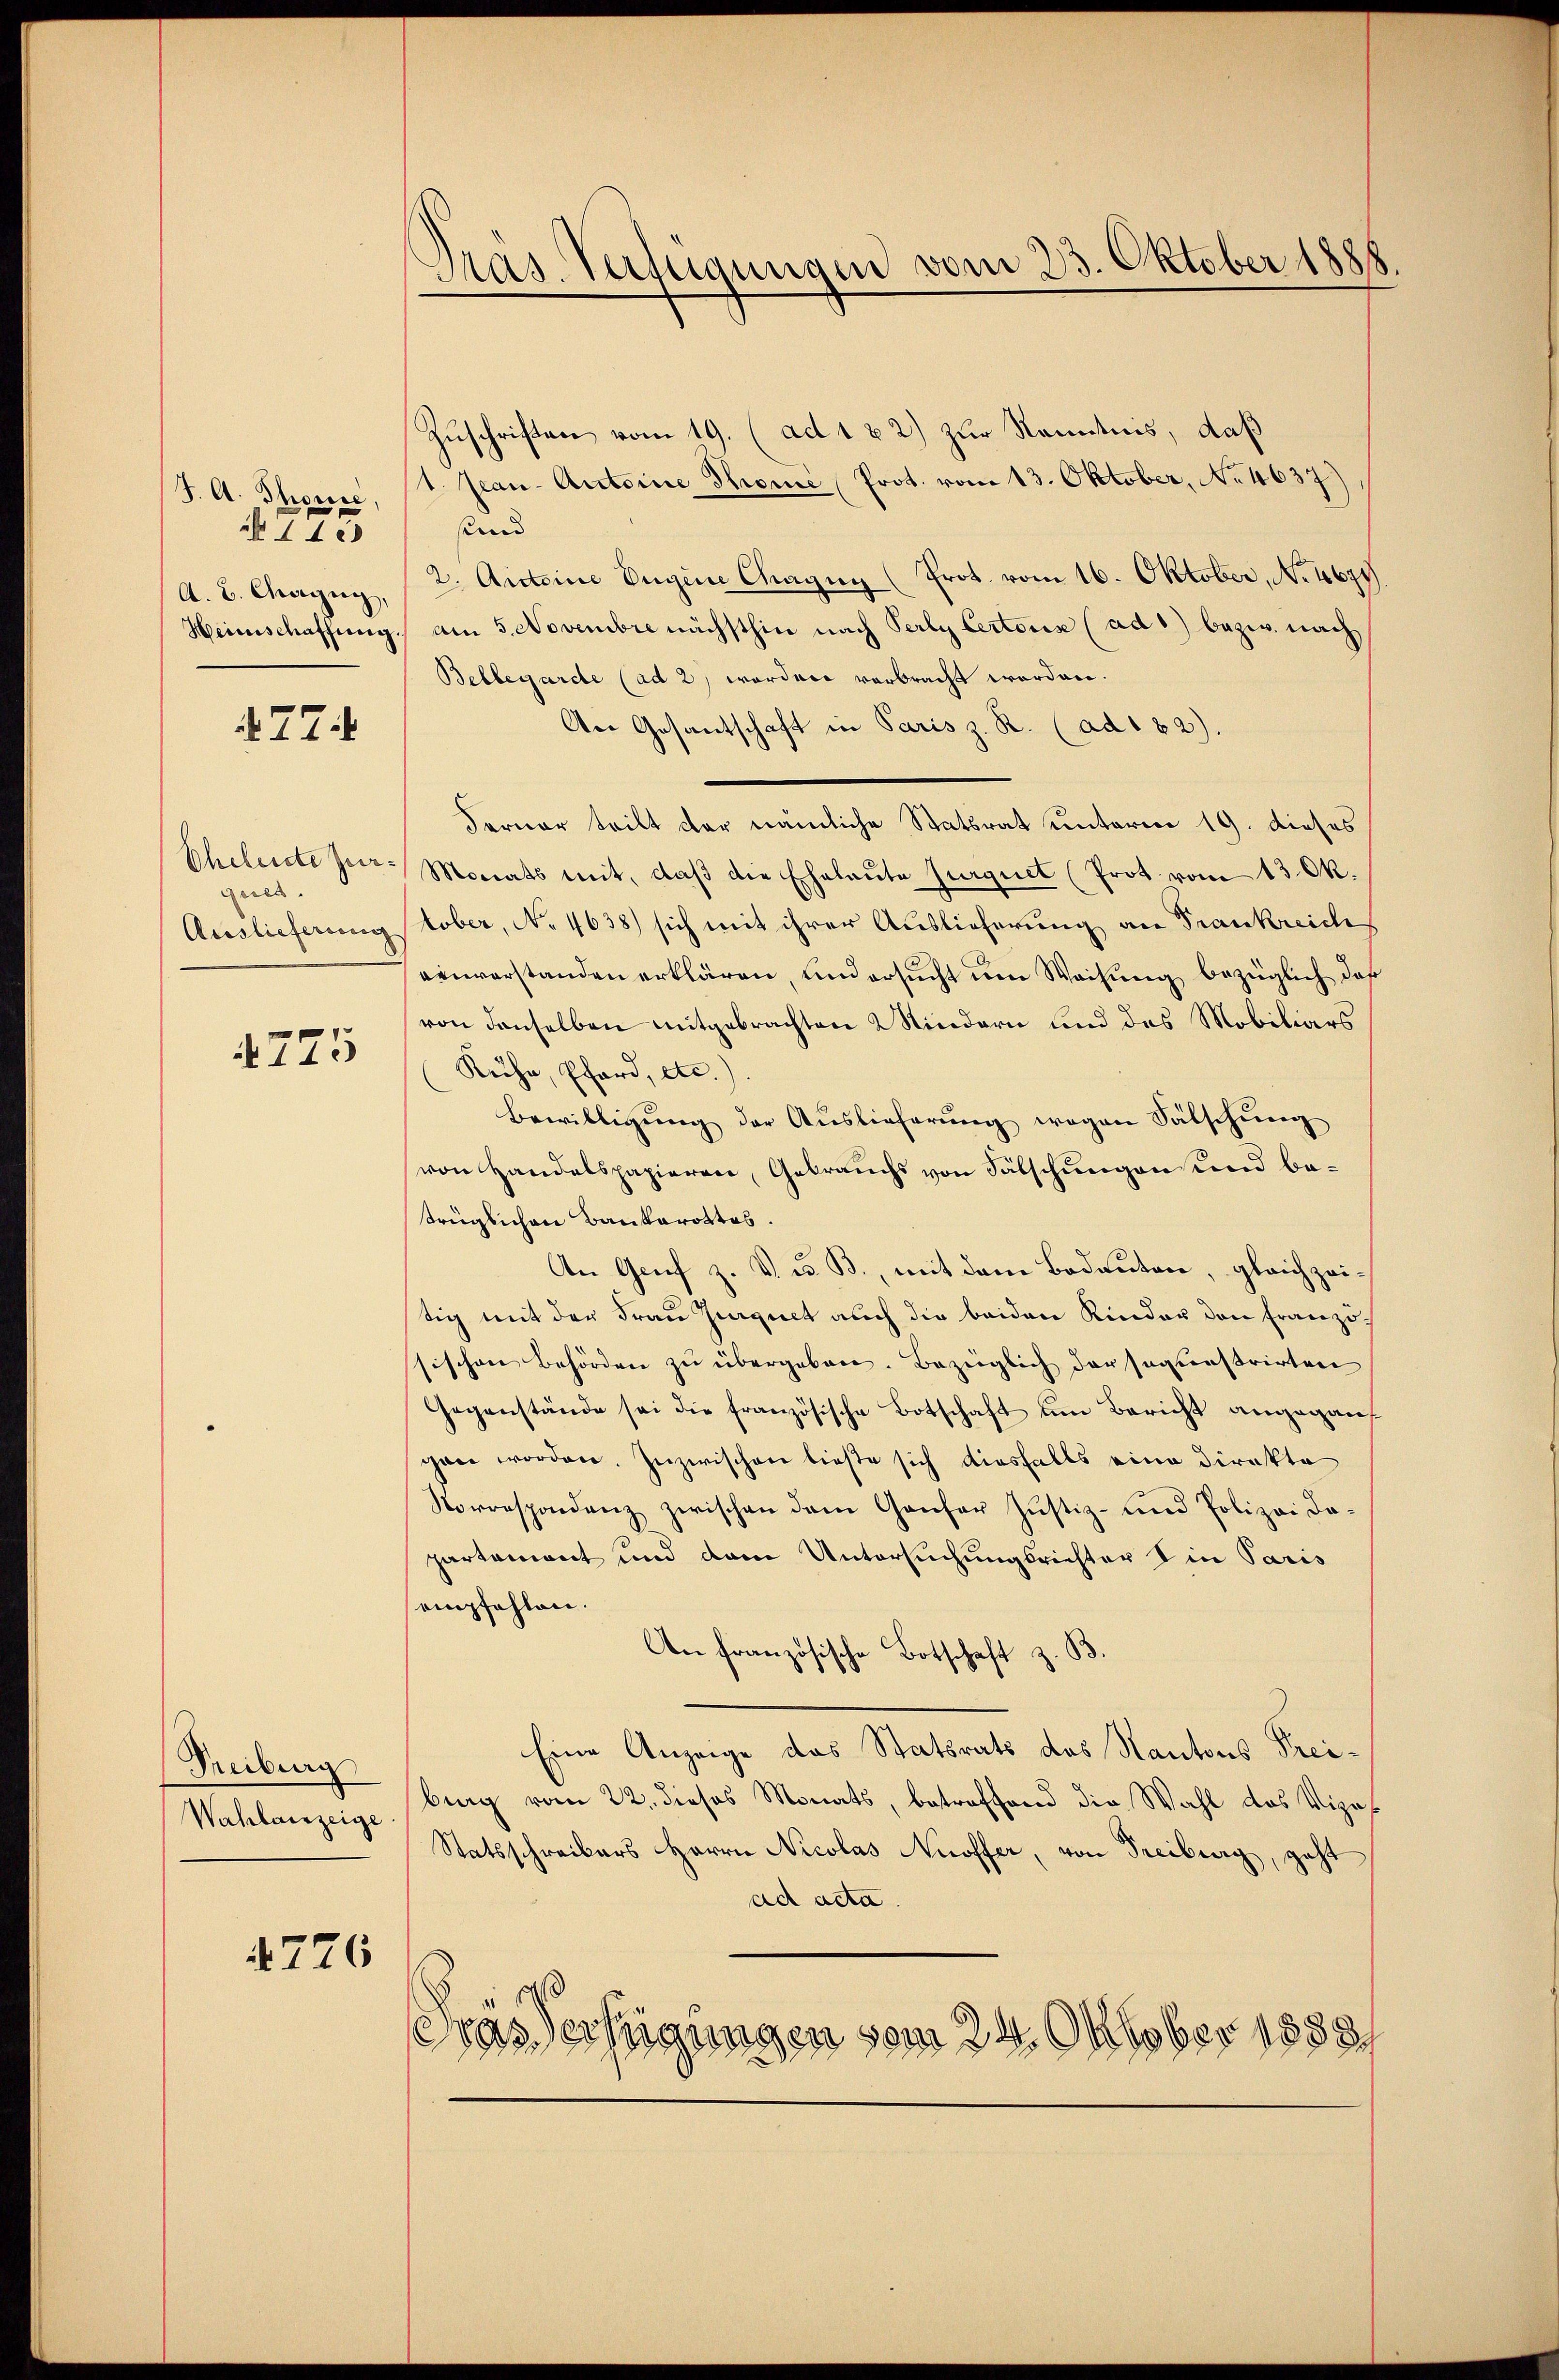
4. A. Thouse,
§ 773
A. B. Cherzug,
Heinschaffung.

774

Eheleiste Zergeses.
Auslieferung

775

Freiburg
Wahlanzeige

726

Präs. Verfügungen vom 23. Oktober 1888

Zuschriften vom 19. (ad 1 & 2) zur Kenntnis, daß
1. Jean - Antoine Thore Prot. vom 13. Oktober, No 4637)
pund
2. Antoine Vigine Chagny (Prot. vom 16. Oktober, No 4674.
am 5. Novembre nächsthin nach Perly Certonis (ad b) bezw. nach
Bellegarde (ad 2, wordere verbracht werden.
An Gesantschaft in Paris z. R. (ad 182).
Ferner teilt der nämliche Statsrat unterm 19. dieses
Monats mit, daß die Eheleute Jurquet (Prot vom 13. Ok
tober, No 4638) sich mit ihrer Auslieferung an Frankreich
einverstanden erklären, und ersucht um Weisung bezüglich daß
von denselben mitgebrachten 2 Kindern und des Mobiliars
Ruhe, Pferd, etc.)
Bewilligŭng der Aŭslieferŭng wegen Sätschŭng
von Handelspapieren, Gebrauchs von Fälschungen und betrüglichen Baukarottos
An Genf z. V. B., mit dem Bodeuten, gleichzeitig mit der Frau Gegnet auch die beiden Kinder den Französsischen Behörden zŭ übergeben. Bezüglich der sagenstrirten
Gegenstände sei die französische Botschaft ŭm Bericht angegan
gan worden. Inzwischen ließe sich diesfalls eine Direkte
Korrespondenz zwischen dem Ganfer Justiz- und Polizei da-
partement und dem Untersuchungsrichter in Paris
empfehlen.
An französische Botschaft z. B.
Eine Anzeige das Statsrats des Kantons Freiburg vom 22. dieses Monats, betreffend die Wahl des Vize¬
Statsschreibers Herrn Nicolas Nuoffer, von Freiburg, geht
ad acta.
Gras Verfügungen vom 24. Oktober 18881